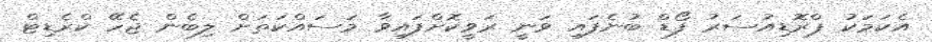
އެކަމަކު ޕްރޮޑިއުސަރު ފޯޑް ބުނެފައި ވަނީ ރަވީކޮށްފައިވާ މަސައްކަތަށް ލިބެން ޖެހޭ ކްރެޑިޓް